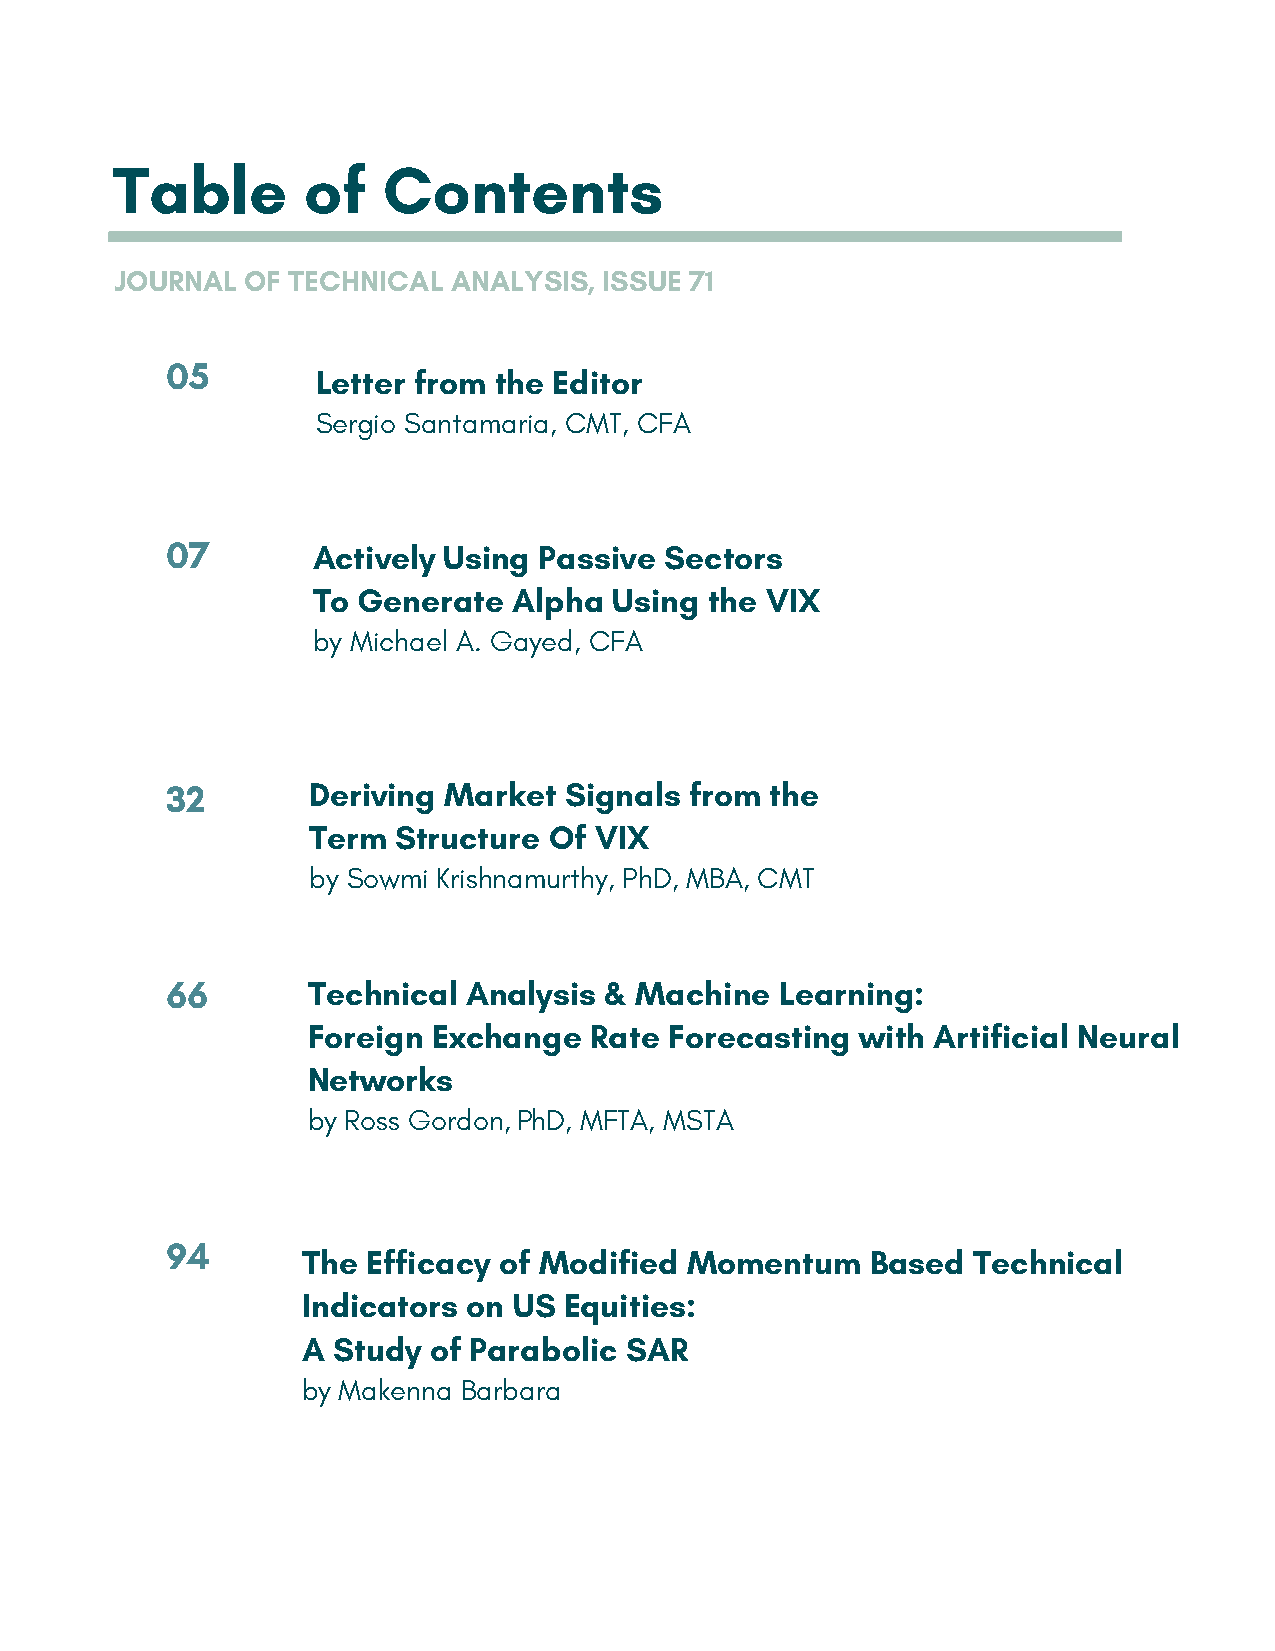
Table        of   Contents
 JOURNAL OF TECHNICAL  ANALYSIS, ISSUE 71
 05
 Letter from the Editor
 Sergio Santamaria, CMT, CFA
 07        Actively Using Passive Sectors
 To Generate  Alpha  Using the VIX
 by Michael A. Gayed, CFA
 32       Deriving Market  Signals  from the
 Term  Structure Of VIX
 by Sowmi Krishnamurthy, PhD, MBA, CMT
 66       Technical  Analysis & Machine   Learning:
 Foreign  Exchange  Rate Forecasting  with Artificial Neural
 Networks
 by Ross Gordon, PhD, MFTA, MSTA
 94
 The Efficacy of Modified  Momentum    Based Technical
 Indicators on US Equities:
 A Study of Parabolic SAR
 by Makenna Barbara